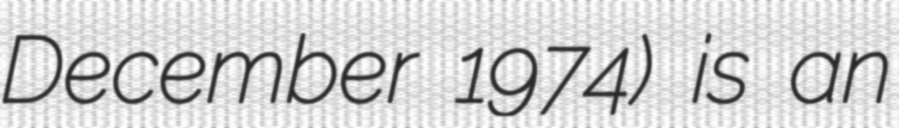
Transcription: December 1974) is an